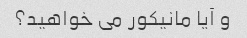
و آیا مانیکور می خواهید؟